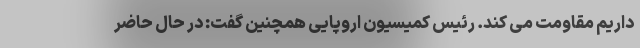
داریم مقاومت می کند. رئیس کمیسیون اروپایی همچنین گفت: در حال حاضر